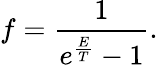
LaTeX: f=\frac{1}{e^{\frac{E}{T}}-1}.